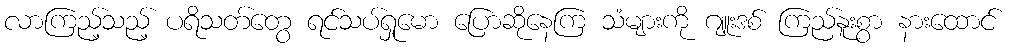
လာကြည့်သည့် ပရိသတ်တွေ ရင်သပ်ရှုမော ပြောဆိုနေကြ သံများကို ဂျူးဒစ် ကြည်နူးစွာ နားထောင်